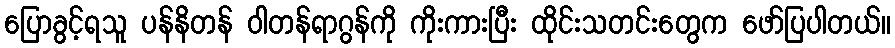
ပြောခွင့်ရသူ ပန်နိတန် ဝါတန်ရာဂွန်ကို ကိုးကားပြီး ထိုင်းသတင်းတွေက ဖော်ပြပါတယ်။